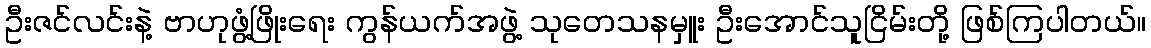
ဦးဇင်လင်းနဲ့ ဗာဟုဖွံ့ဖြိုးရေး ကွန်ယက်အဖွဲ့ သုတေသနမှူး ဦးအောင်သူငြိမ်းတို့ ဖြစ်ကြပါတယ်။